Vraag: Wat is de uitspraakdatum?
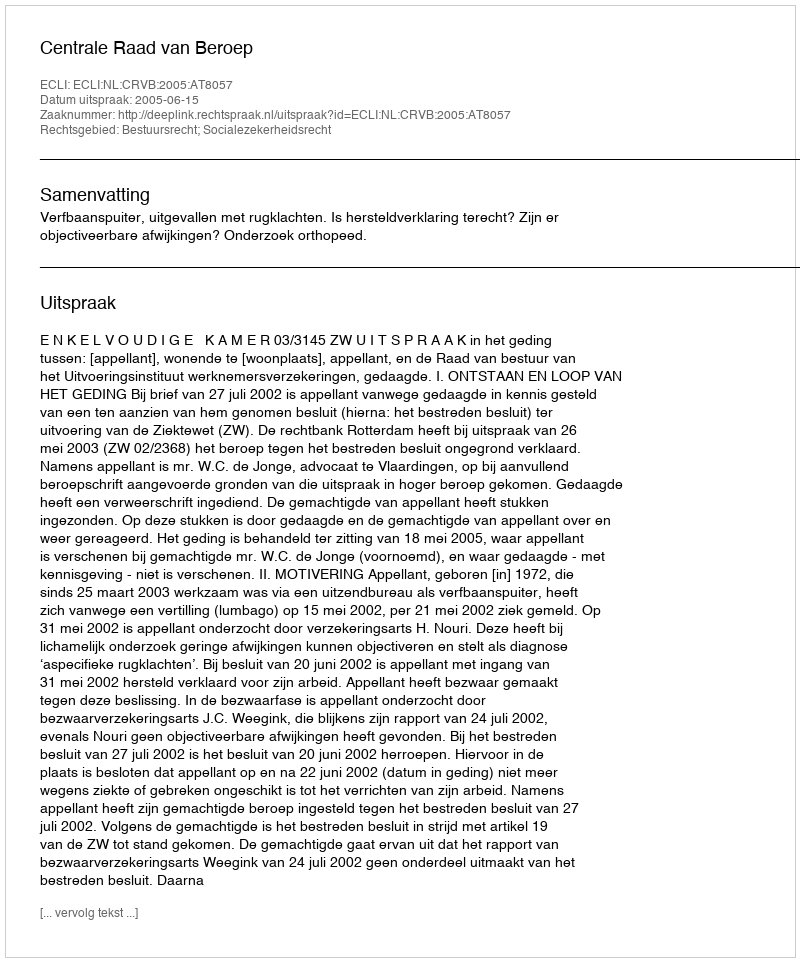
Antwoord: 2005-06-15